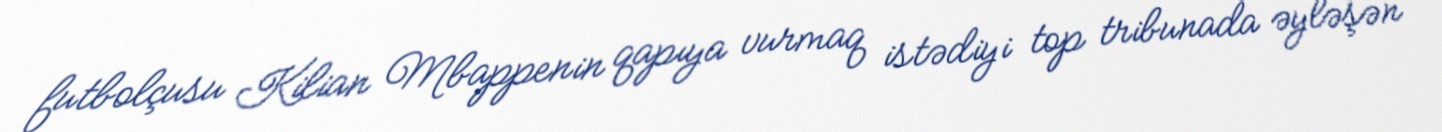
futbolçusu Kilian Mbappenin qapıya vurmaq istədiyi top tribunada əyləşən